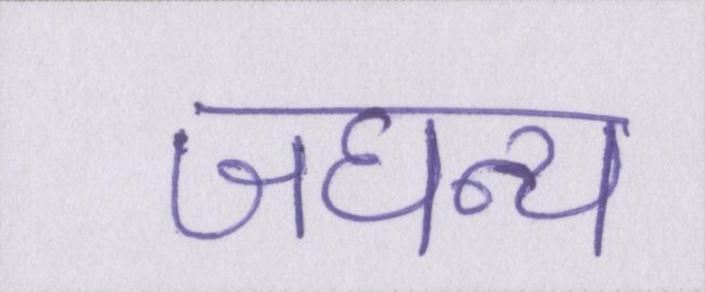
जघन्य